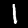
Digit: 1